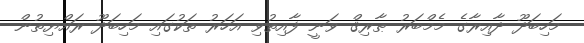
މަހިބަދޫ ދާއިރާގެ މެމްބަރު ޠާރިޤް ވަނީ ފާއިތުވި އަހަރު ތަކުގައި މަހިބަދޫ ރައްޔިތުން